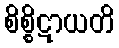
စိစ္စိဋာယတိ